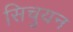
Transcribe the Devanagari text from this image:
सिचुयन